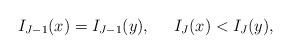
LaTeX: \begin{align*}I_{J-1}(x) = I_{J-1}(y),\;\;\;\;\;I_J(x) < I_J(y),\end{align*}